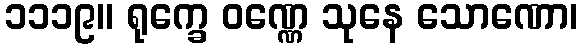
၁၁၁၉။ ရုက္ခေ ဝဏ္ဏေ သုနေ သောဏော၊